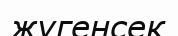
жүгенсек